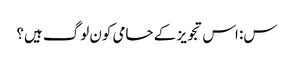
س: اس تجویز کے حامی کون لوگ ہیں؟